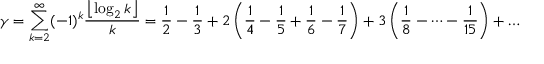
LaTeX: \gamma = \sum _ { k = 2 } ^ { \infty } ( - 1 ) ^ { k } { \frac { \left\lfloor \log _ { 2 } k \right\rfloor } { k } } = { \frac { 1 } { 2 } } - { \frac { 1 } { 3 } } + 2 \left( { \frac { 1 } { 4 } } - { \frac { 1 } { 5 } } + { \frac { 1 } { 6 } } - { \frac { 1 } { 7 } } \right) + 3 \left( { \frac { 1 } { 8 } } - \cdots - { \frac { 1 } { 1 5 } } \right) + \dots